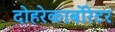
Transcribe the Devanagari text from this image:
दोहरेकार्बोरेटर